Vital statistics of India. Vol. V, Reports of 1876 on armies & jails and on epidemic cholera
Year: 1876
Disease focus: Cholera
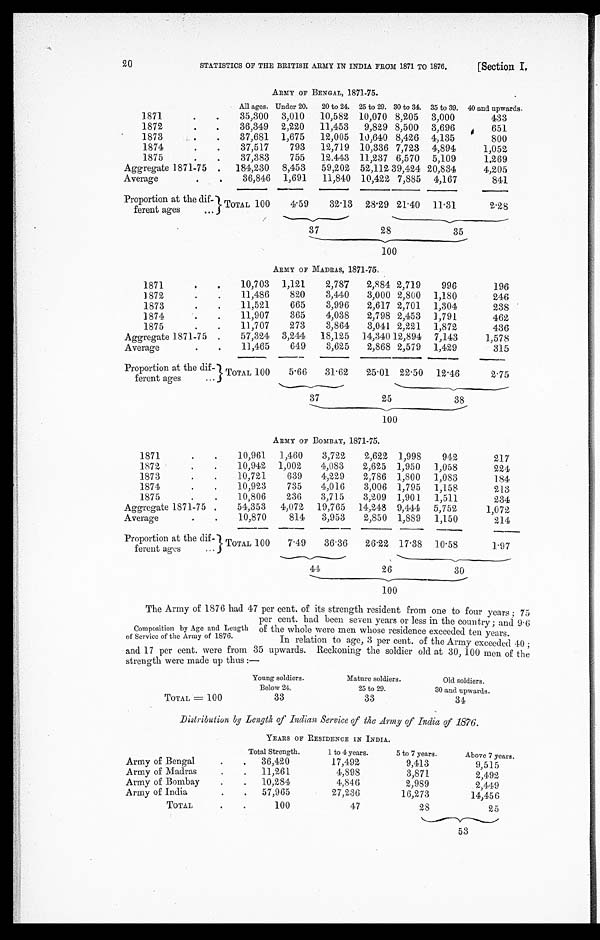
QT
[Section I.
20
STATISTICS OF THE BRITISH ARMY IN INDIA FROM 1871 TO 1876.
ARMY OF BENGAL, 1871-75.
1871 . . .
All ages. Under 20.
20 to 24. 25 to 29. 30 to 34. 35 to 39. 40 and upwards.
35,300
3,010
10,582
10,070 8,205
3,000
433
1872 . . .
36,349
2,220
11,453
9,829 8,500
3,696
651
1873 . . .
37,681
1,675
12,005
10,640 8,426
4,135
800
1874 . . .
37,517
793
12,719
10,336 7,723
4,894
1,052
1875 . . .
37,383
755
12.443
11,237 6,570
5,109
1.269
Aggregate 1871-75 . . .
184,230
8,453
59,202
52,112 39,424 20,834
4,205
Average . . .
36,846
1,691
11,840
10,422 7,885
4,167
841
Proportion at the dif- f e r e n t a g e s . . .
TOTAL 100
4.59
32.13
28.29 21.40
11.31
2.28
37
28
35
100
ARMY OF MADRAS, 1871-75,
1871
10,703
1,121
2,787
2,884 2,719
996
196
1872 . . .
11,486
820
3,440
3,000 2,800
1,180
246
1873 . . .
11,521
665
3,996
2,617 2,701
1,304
238
1874 . . .
11,907
365
4,038
2,798 2,453
1,791
462
1875 . . .
11,707
273
3,864
3,041 2,221
1,872
436
Aggregate 1871-75 .
57,324
3,244
18,125
14,340 12,894
7,143
1,578
Average . . .
11,465
649
3,625
2,868 2,579
1,429
315
Proportion at the dif-ferent ages . . . TOTAL 100
5.66
31.62
25.01
22.50
12.46
2.75
37
25
38
100
ARMY OF BOMBAY, 1871-75.
1871 . . .
10,961
1,460
3,722
2,622
1,998
942
217
1872 . . .
10,942
1,002
4,083
2,625
1,950
1,058
224
1873 . . .
10,721
639
4,229
2,786
1,800
1,083
184
1874 . . .
10,923
735
4,016
3,006
1,795
1,158
213
1875 . . .
10,806
236
3,715
3,209
1,901
1,511
234
Aggregate 1871-75 .
54,353
4,072
19,765
14,248
9,444
5,752
1,072
Average . . .
10,870
814
3,953
2,850
1,889
1,150
214
Proportion at the dif-
ferent ages . . .
TOTAL 100
7.49
36.36
26.22
17.38
10.58
1.97
4 4
26
30
100
The Army of 1876 had 47 per cent. of its strength resident from one to four years ; 75
per cent. had been seven years or less in the country ; and 9.6
of the whole were men whose residence exceeded ten years.
In relation to age, 3 per cent. of the Army exceeded 40;
and 17 per cent. were from 35 upwards. Reckoning the soldier old at 30, 100 men of the
strength were made up thus :—
TOTAL = 100
Young soldiers.
Mature soldiers.
Old soldiers.
Below 24.
25 to 29.
30 and upwards.
33
33
34
Distribution by Length of Indian Service of the Army of India of 1876.
YEARS OF RESIDENCE IN INDIA.
Army of Bengal . . .
Total Strength.
1 to 4 years.
5 to 7 years.
Above 7 years.
36,420
17,492
9,413
9,515
Army of Madras . . .
11,261
4,898
3,871
2,492
Army of Bombay . . .
10,284
4,846
2,989
2,449
Army of India . . .
57,965
27,236
16,273
14,456
T O T A L . . .
100
47
28
25
53
Composition by Age and Length
of Service of the Army of 1876.